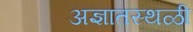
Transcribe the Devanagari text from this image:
अज्ञातस्थळी